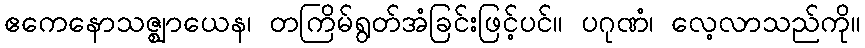
ဧကေနောသဇ္ဈာယေန၊ တကြိမ်ရွတ်အံခြင်းဖြင့်ပင်။ ပဂုဏံ၊ လေ့လာသည်ကို။